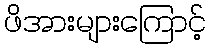
ဖိအားများကြောင့်